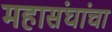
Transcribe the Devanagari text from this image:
महासंघांचा